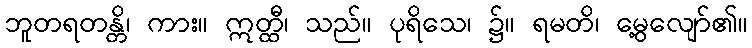
ဘူတရတန္တိ၊ ကား။ ဣတ္ထီ၊ သည်။ ပုရိသေ၊ ၌။ ရမတိ၊ မွေ့လျော်၏။